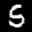
Label: 5